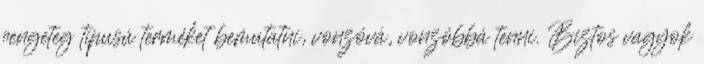
rengeteg típusú terméket bemutatni, vonzóvá, vonzóbbá tenni. Biztos vagyok